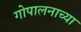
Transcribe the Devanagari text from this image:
गोपालनाच्या